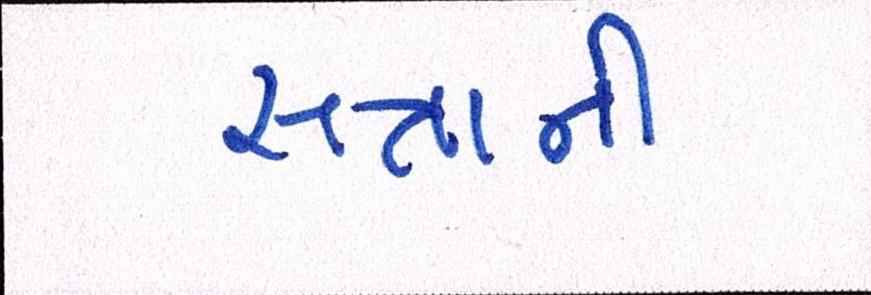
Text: સત્તાની